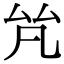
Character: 𠫨